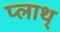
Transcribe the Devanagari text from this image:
प्लाथ्